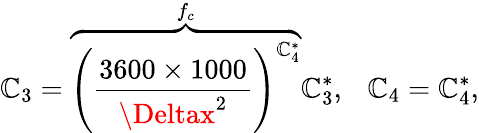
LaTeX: \mathbb{C}_{3}=\overbrace{{{\left(\frac{{3600\times1000}}{{\Deltax^{2}}}\right)}^{\mathbb{C}_{4}^{*}}}}^{f_{c}}\mathbb{C}_{3}^{*},\ \ \ \mathbb{C}_{4}=\mathbb{C}_{4}^{*},